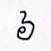
៦